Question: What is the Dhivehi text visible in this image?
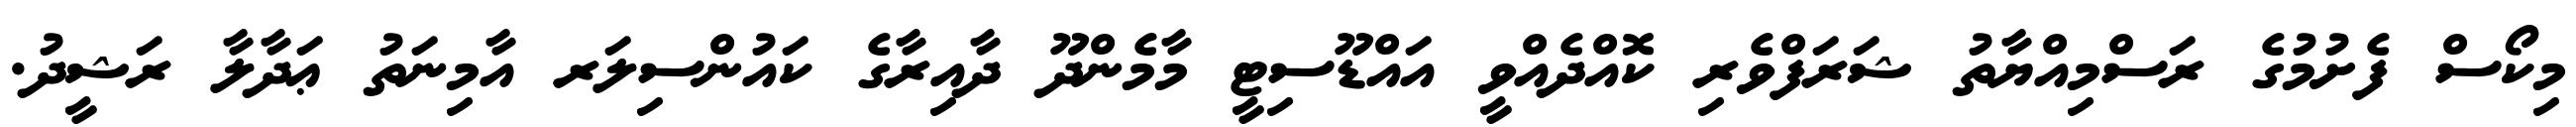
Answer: މިކޯސް ފެށުމުގެ ރަސްމިއްޔާތު ޝަރަފްވެރި ކޮއްދެއްވީ އައްޑޫސިޓީ މާމެންދޫ ދާއިރާގެ ކައުންސިލަރ އާމިނަތު ޢަދާލާ ރަޝީދު.